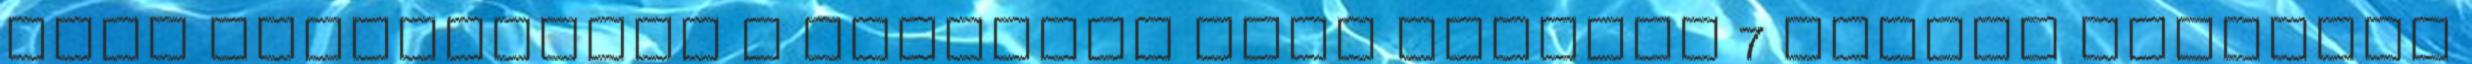
első stádiumában a látencia szak majdnem 7 órával rövidebb